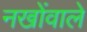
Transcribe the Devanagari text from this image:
नखोंवाले